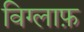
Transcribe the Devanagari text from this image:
विग्लाफ़